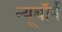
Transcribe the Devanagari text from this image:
न्यूबॉर्न